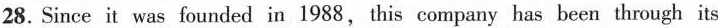
28. Since it was founded in 1988,this company has been through its